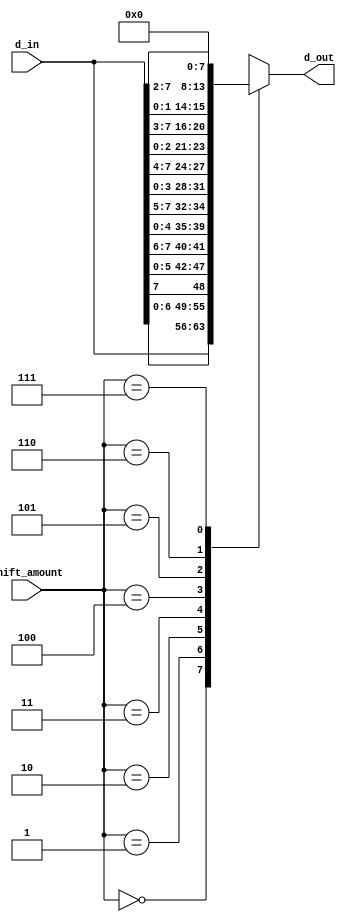
`timescale 1ns / 1ps
//////////////////////////////////////////////////////////////////////////////////
// Company: 
// Engineer: 
// 
// Design Name: 
// Module Name:    left_barrel_shifter 
// Project Name: 
// Target Devices: 
// Tool versions: 
// Description: 
//
// Dependencies: 
//
// Revision: 
// Revision 0.01 - File Created
// Additional Comments: 
//
//////////////////////////////////////////////////////////////////////////////////
module left_barrel_shifter(
	input [7:0] d_in,
	input [2:0] shift_amount,
	output reg [7:0] d_out
);

always @* begin
	case (shift_amount)
		0 : d_out = d_in;
		1 : d_out = {d_in[6:0], d_in[7]};
		2 : d_out = {d_in[5:0], d_in[7:6]};
		3 : d_out = {d_in[4:0], d_in[7:5]};
		4 : d_out = {d_in[3:0], d_in[7:4]};
		5 : d_out = {d_in[2:0], d_in[7:3]};
		6 : d_out = {d_in[1:0], d_in[7:2]};
		7 : d_out = 0;
	endcase
end 

endmodule